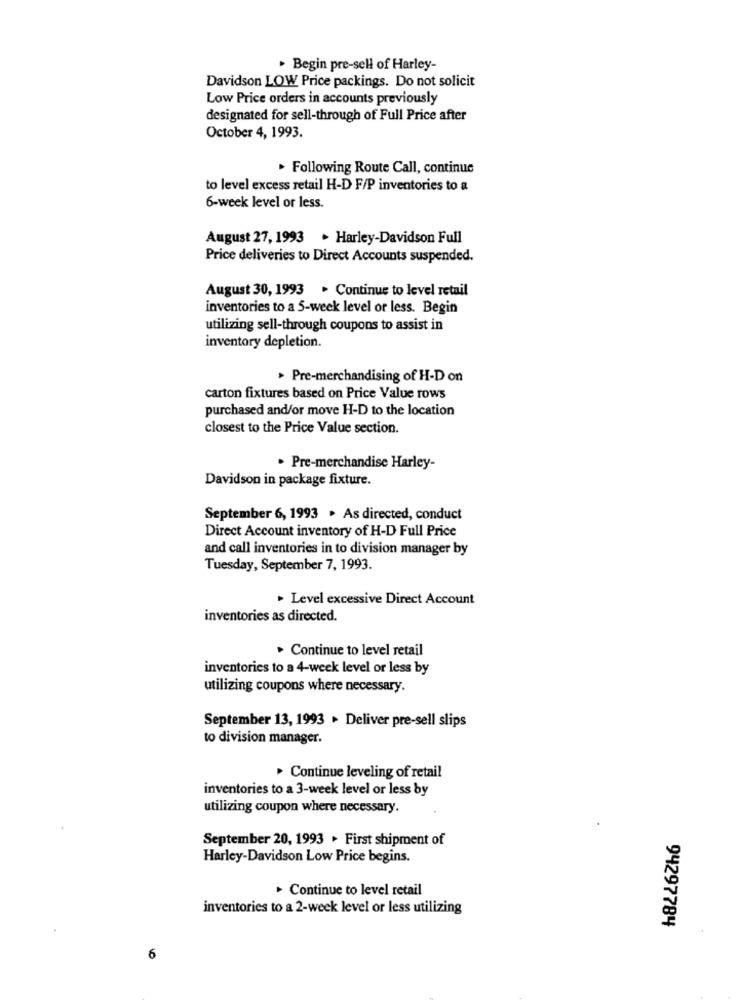
· Begin pre-sell of Harley-
Davidson LOW Price packings. Do not solicit
Low Price orders in accounts previously
designated for sell-through of Full Price after
October 4, 1993.
. Following Route Call, continue
to level excess retail H-D F/P inventories to a
6-week level or less.
August 27, 1993 . Harley-Davidson Full
Price deliveries to Direct Accounts suspended.
August 30, 1993 . Continue to level retail
inventories to a 5-week level or less. Begin
utilizing sell-through coupons to assist in
inventory depletion.
> Pre-merchandising of H-D on
carton fixtures based on Price Value rows
purchased and/or move H-D to the location
closest to the Price Value section.
· Pre-merchandise Harley-
Davidson in package fixture.
September 6, 1993 . As directed, conduct
Direct Account inventory of H-D Full Price
and call inventories in to division manager by
Tuesday, September 7, 1993.
. Level excessive Direct Account
inventories as directed.
> Continue to level retail
inventories to a 4-week level or less by
utilizing coupons where necessary.
September 13, 1993 . Deliver pre-sell slips
to division manager.
Continue leveling of retail
inventories to a 3-week level or less by
utilizing coupon where necessary.
September 20, 1993 . First shipment of
Harley-Davidson Low Price begins.
. Continue to level retail
inventories to a 2-week level or less utilizing
94297784
6